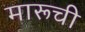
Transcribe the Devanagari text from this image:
मारूची